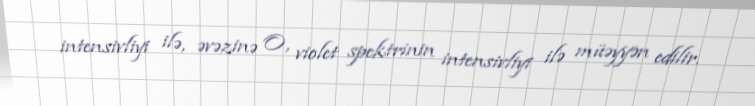
intensivliyi ilə, əvəzinə O, violet spektrinin intensivliyi ilə müəyyən edilir.